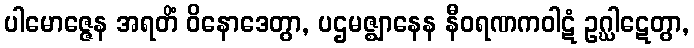
ပါမောဇ္ဇေန အရတိံ ဝိနောဒေတွာ, ပဌမဇ္ဈာနေန နီဝရဏကဝါဋံ ဥဂ္ဃါဋေတွာ,